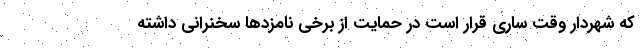
که شهردار وقت ساری قرار است در حمایت از برخی نامزدها سخنرانی داشته